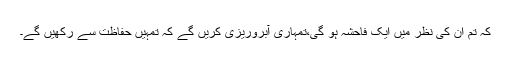
کہ تم ان کی نظر میں ایک فاحشہ ہو گی،تمہاری آبروریزی کریں گے کہ تمہیں حفاظت سے رکھیں گے۔